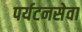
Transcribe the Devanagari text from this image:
पर्यटनसेवा